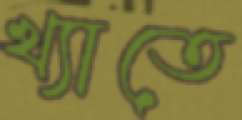
খ্যাতে